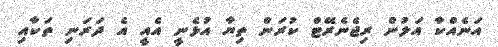
އަނެއްކާ އަލުން ރިޖެނެރޭޓް ކުރަން ތިޔާ އުޅެނީ އެއީ އެ ދަރަނި ތަކާއި